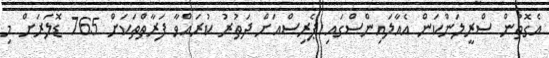
އެގޮތުން ސްރީލަންކަން އެއާލައިންސްގައި ޕެރިސްއަށް ދަތުރު ކުރައްވާ ފަރާތްތަކަށް 765 ޑޮލަރަށް މި